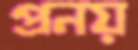
প্রনয়